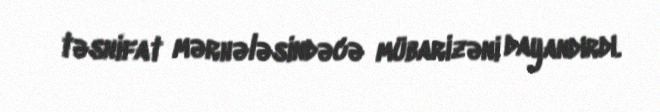
təsnifat mərhələsindəcə mübarizəni dayandırdı.